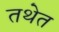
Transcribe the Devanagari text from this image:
तथेत